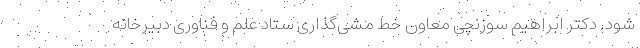
شود. دکتر ابراهیم سوزنچی معاون خط مشی‌گذاری ستاد علم و فناوری دبیرخانه